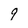
Character: 9